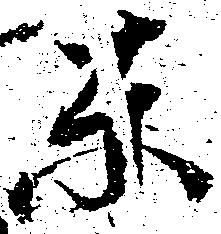
東